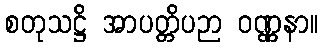
စတုသဋ္ဌိ အာပတ္တိပဉာ ဝဏ္ဏနာ။